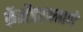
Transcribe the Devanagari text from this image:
कॅलेंडरप्रमाणे